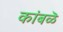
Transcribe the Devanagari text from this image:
कांबळॆ